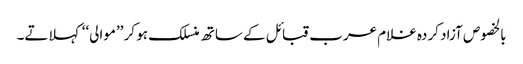
بالخصوص آزاد کردہ غلام عرب قبائل کے ساتھ منسلک ہو کر ’’موالی‘‘ کہلاتے۔